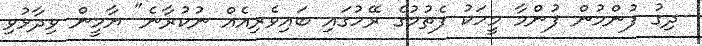
ދިގު ފުންމުން ފުންމާ މީހަކު ފެތުމުގެ ރޭހުގައި ބައިވެރިއެއް ނުކުރާނެ" ޔާމީން ވިދާޅުވި